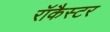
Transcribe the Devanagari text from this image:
रॉकैस्टर